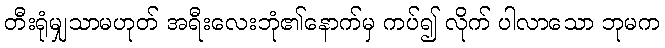
တီးရုံမျှသာမဟုတ် အရီးလေးဘုံ၏နောက်မှ ကပ်၍ လိုက် ပါလာသော ဘုမက